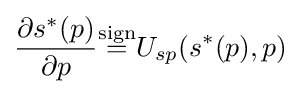
{\frac {\partial s^{\ast }(p)}{\partial p}}{\overset {\text{sign}}{=}}U_{sp}(s^{\ast }(p),p)